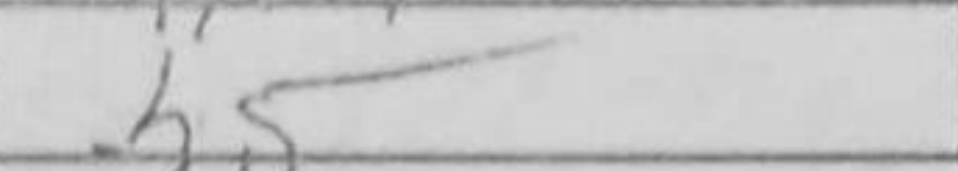
Transcription: h5